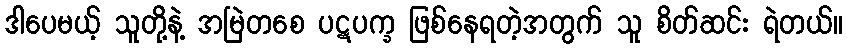
ဒါပေမယ့် သူတို့နဲ့ အမြဲတစေ ပဋပက္ခ ဖြစ်နေရတဲ့အတွက် သူ စိတ်ဆင်း ရဲတယ်။